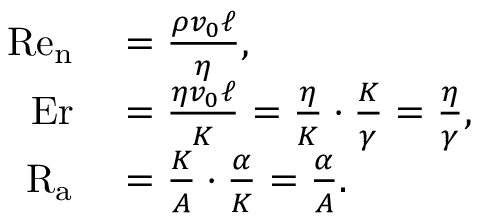
\begin{array} { r l } { \mathrm { R e } _ { \mathrm { n } } } & { { } = \frac { \rho v _ { 0 } \ell } { \eta } , } \\ { \mathrm { E r } } & { { } = \frac { \eta v _ { 0 } \ell } { K } = \frac { \eta } { K } \cdot \frac { K } { \gamma } = \frac { \eta } { \gamma } , } \\ { \mathrm { R } _ { \mathrm { a } } } & { { } = \frac { K } { A } \cdot \frac { \alpha } { K } = \frac { \alpha } { A } . } \end{array}